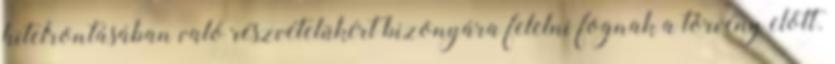
hitelrontásában való részvételükért bizonyára felelni fognak a törvény előtt.